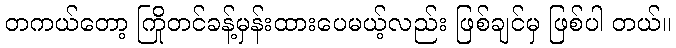
တကယ်တော့ ကြိုတင်ခန့်မှန်းထားပေမယ့်လည်း ဖြစ်ချင်မှ ဖြစ်ပါ တယ်။